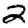
Digit: 2